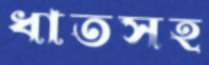
ধাতসহ